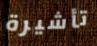
تأشيرة